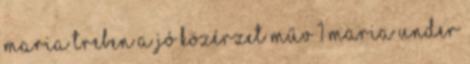
Maria Treben A jó közérzet műv 1 MARIA UNDER